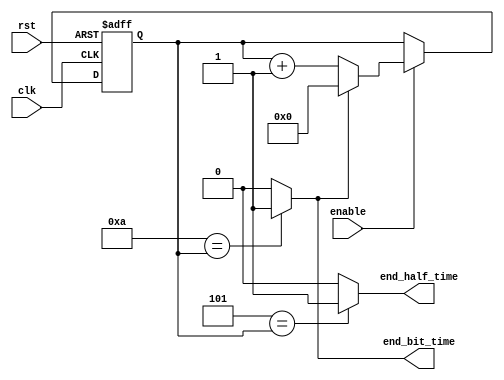
`timescale 1ns / 1ps
//////////////////////////////////////////////////////////////////////////////////
// Company: ITESO 
// Bit rate pulse generator for a Serial RS-232 Receiver
//////////////////////////////////////////////////////////////////////////////////
module Bit_Rate_Pulse
 # (parameter delay_counts = 11 ) 
    (input clk,
    input rst,
    input enable,
    output end_bit_time,
    output end_half_time
    );
    
 localparam delay_bits = $clog2 (delay_counts);
 
 reg [delay_bits-1:0]count ;  
    // Comparador
assign end_bit_time = (delay_counts - 1'b1 ==count)?1'b1:1'b0;
assign end_half_time = ( (delay_counts - 1'b1)/2 == count)?1'b1:1'b0;
// Contador
always @(posedge rst, posedge clk)
    begin
        if (rst)
            count <= {delay_bits{1'b0}};
        else 
            if (enable)
                if (end_bit_time)
                         count <= {delay_bits{1'b0}};
                else 
                        count <= count + 1'b1;
             else
                count <= count;
     end
endmodule